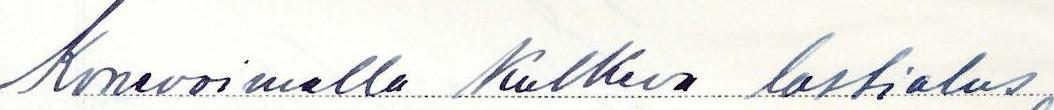
konevoimalla kulkeva lastialus